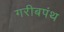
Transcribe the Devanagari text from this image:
गरीबपंथ